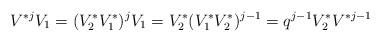
LaTeX: \begin{align*}V^{*j} V_1=(V_2^*V_1^*)^jV_1=V_2^*(V_1^*V_2^*)^{j-1}=q^{j-1}V_2^*V^{*j-1}\end{align*}